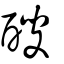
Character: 醙